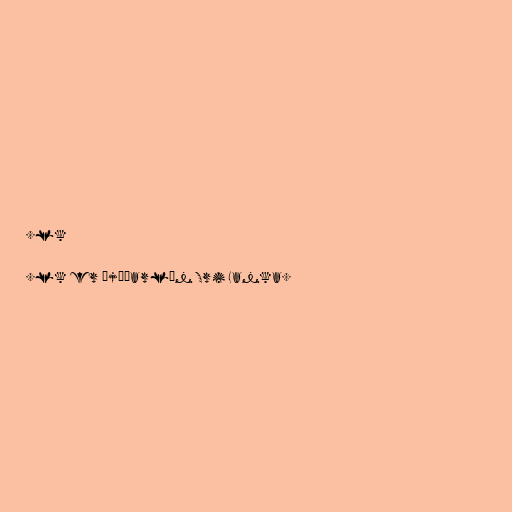
.lk

.lk er þjóðarlén Sri Lanka.